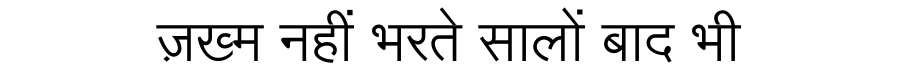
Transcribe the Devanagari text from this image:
ज़ख्म नहीं भरते सालों बाद भी